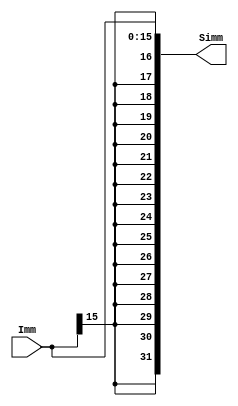
`timescale 1ns / 1ps
//////////////////////////////////////////////////////////////////////////////////
// Company: 
// Engineer: 
// 
// Design Name: 
// Module Name: Sign_Extension_Unit
// Project Name: 
// Target Devices: 
// Tool Versions: 
// Description: 
// 
// Dependencies: 
// 
// Revision:
// Revision 0.01 - File Created
// Additional Comments:
// 
//////////////////////////////////////////////////////////////////////////////////


module Sign_Extension_Unit #(parameter WL = 32)
                          (input wire [15:0] Imm,
                           output reg [WL - 1:0] Simm);
//this just makes a word named immediate the legnth of WL while keeping the sign right
    reg sign;
    reg [WL-1:0] i;
    
    always @(Imm)
    begin
        sign = Imm[15];
        Simm = Imm;
        for(i = 15; i < WL; i = i + 1) Simm[i] = sign;
    end

endmodule